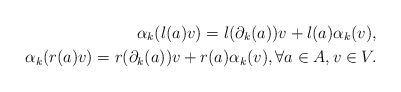
LaTeX: \begin{align*} \alpha_k( l(a)v ) = l( \partial_k(a) ) v + l(a) \alpha_k(v), \\ \alpha_k( r(a)v ) = r( \partial_k(a) ) v + r(a) \alpha_k(v), \forall a \in A, v \in V. \end{align*}